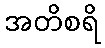
အတိစရိ